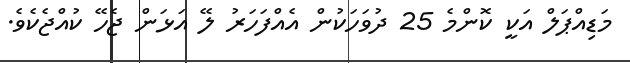
މަޑިއްޕަލް އަކީ ކޮންމެ 25 ދުވަހަކުން އެއްފަހަރު ލޭ އަޅަން ޖެހޭ ކުއްޖެކެވެ.